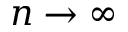
n \rightarrow \infty